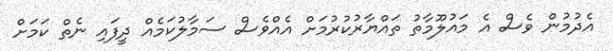
އެދުމުން ވެސް އެ މައުލޫމާތު ތައްޔާރުކުރުމަށް އެއްވެސް ސަމާލުކަމެއް ދީފައި ނެތް ކަމަށް